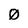
Character: 0